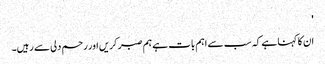
'
ان کا کہنا ہے کہ سب سے اہم بات ہے ہم صبر کریں اور رحم دلی سے رہیں۔